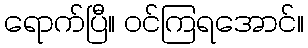
ရောက်ပြီ။ ဝင်ကြရအောင်။